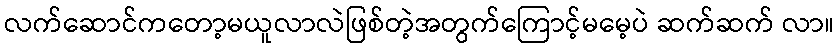
လက်ဆောင်ကတော့မယူလာလဲဖြစ်တဲ့အတွက်ကြောင့်မမေ့ပဲ ဆက်ဆက် လာ။